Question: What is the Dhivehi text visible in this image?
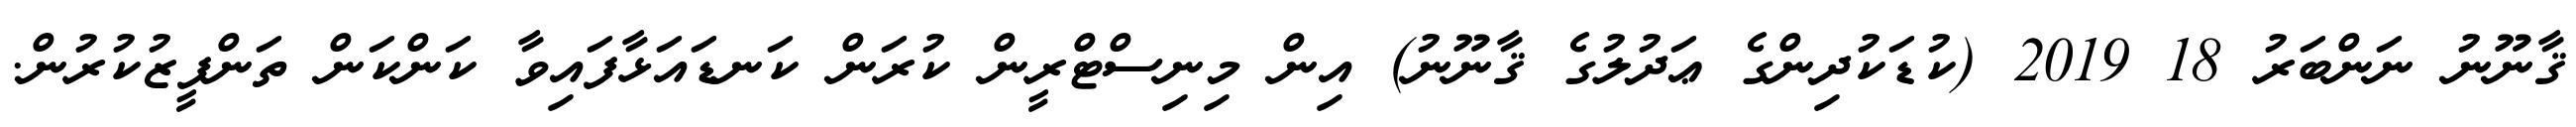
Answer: ޤާނޫނު ނަންބަރު 18 2019 (ކުޑަކުދިންގެ ޢަދުލުގެ ޤާނޫނު) އިން މިނިސްޓްރީން ކުރަން ކަނޑައަޅާފައިވާ ކަންކަން ތަންފީޒުކުރުން.